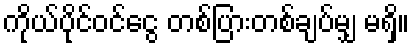
ကိုယ်ပိုင်ဝင်ငွေ တစ်ပြားတစ်ချပ်မျှ မရှိ။